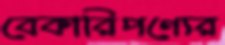
বেকারিপণ্যের